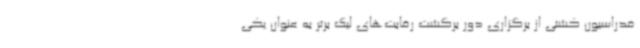
فدراسیون کشتی از برگزاری دور برگشت رقابت‌های لیگ برتر به عنوان یکی